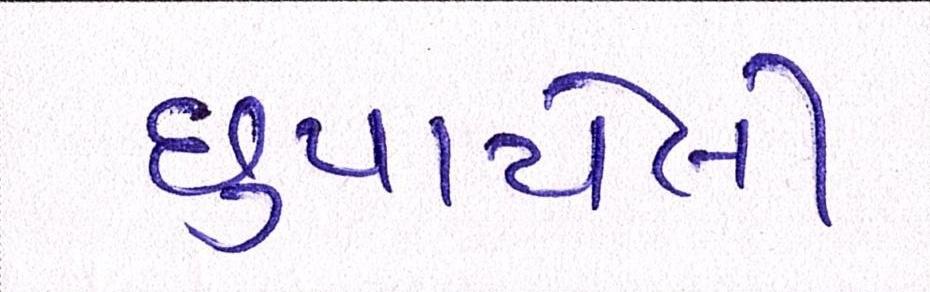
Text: છુપાયેલી